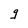
Character: g